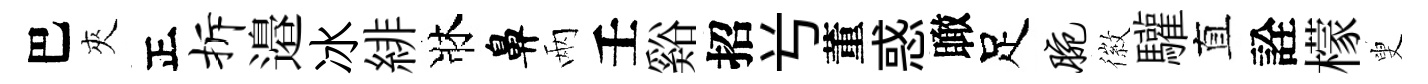
巴夾正拆邉冰緋牀鼻兩壬谿招𠔃董惑瞰足腕徽驩直詮檬叟